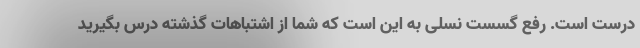
درست است. رفع گسست نسلی به این است که شما از اشتباهات گذشته درس بگیرید